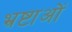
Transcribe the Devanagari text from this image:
भ्रष्टाओं